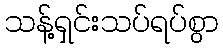
သန့်ရှင်းသပ်ရပ်စွာ